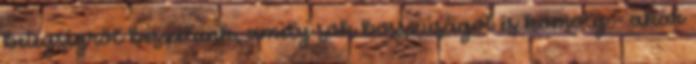
betegségről beszélünk, amely sok bosszúságot és komoly - akár